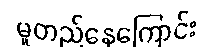
မူတည်နေကြောင်း